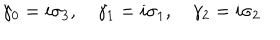
LaTeX: \gamma _ { 0 } = i \sigma _ { 3 } , \quad \gamma _ { 1 } = i \sigma _ { 1 } , \quad \gamma _ { 2 } = i \sigma _ { 2 }